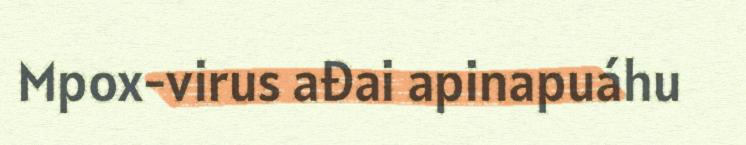
Mpox-virus ađai apinapuáhu